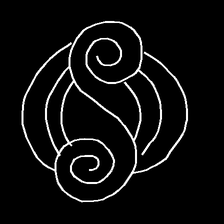
Glyph: wind-underfoot